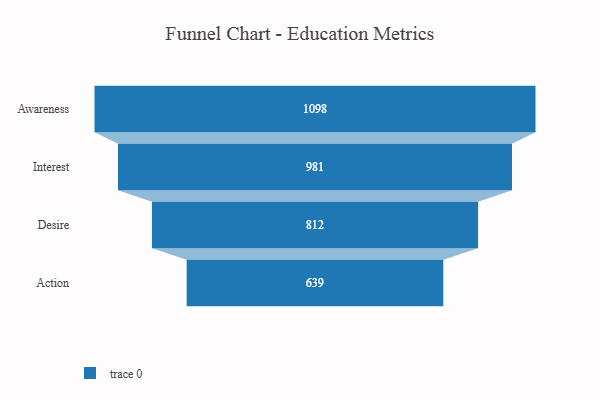
{"axis": {"x": "Stage", "y": "Value"}, "legend": [""], "data": [{"x": "Awareness", "y": 1098.0, "type": ""}, {"x": "Interest", "y": 981.0, "type": ""}, {"x": "Desire", "y": 812.0, "type": ""}, {"x": "Action", "y": 639.0, "type": ""}]}